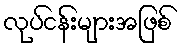
လုပ်ငန်းများအဖြစ်